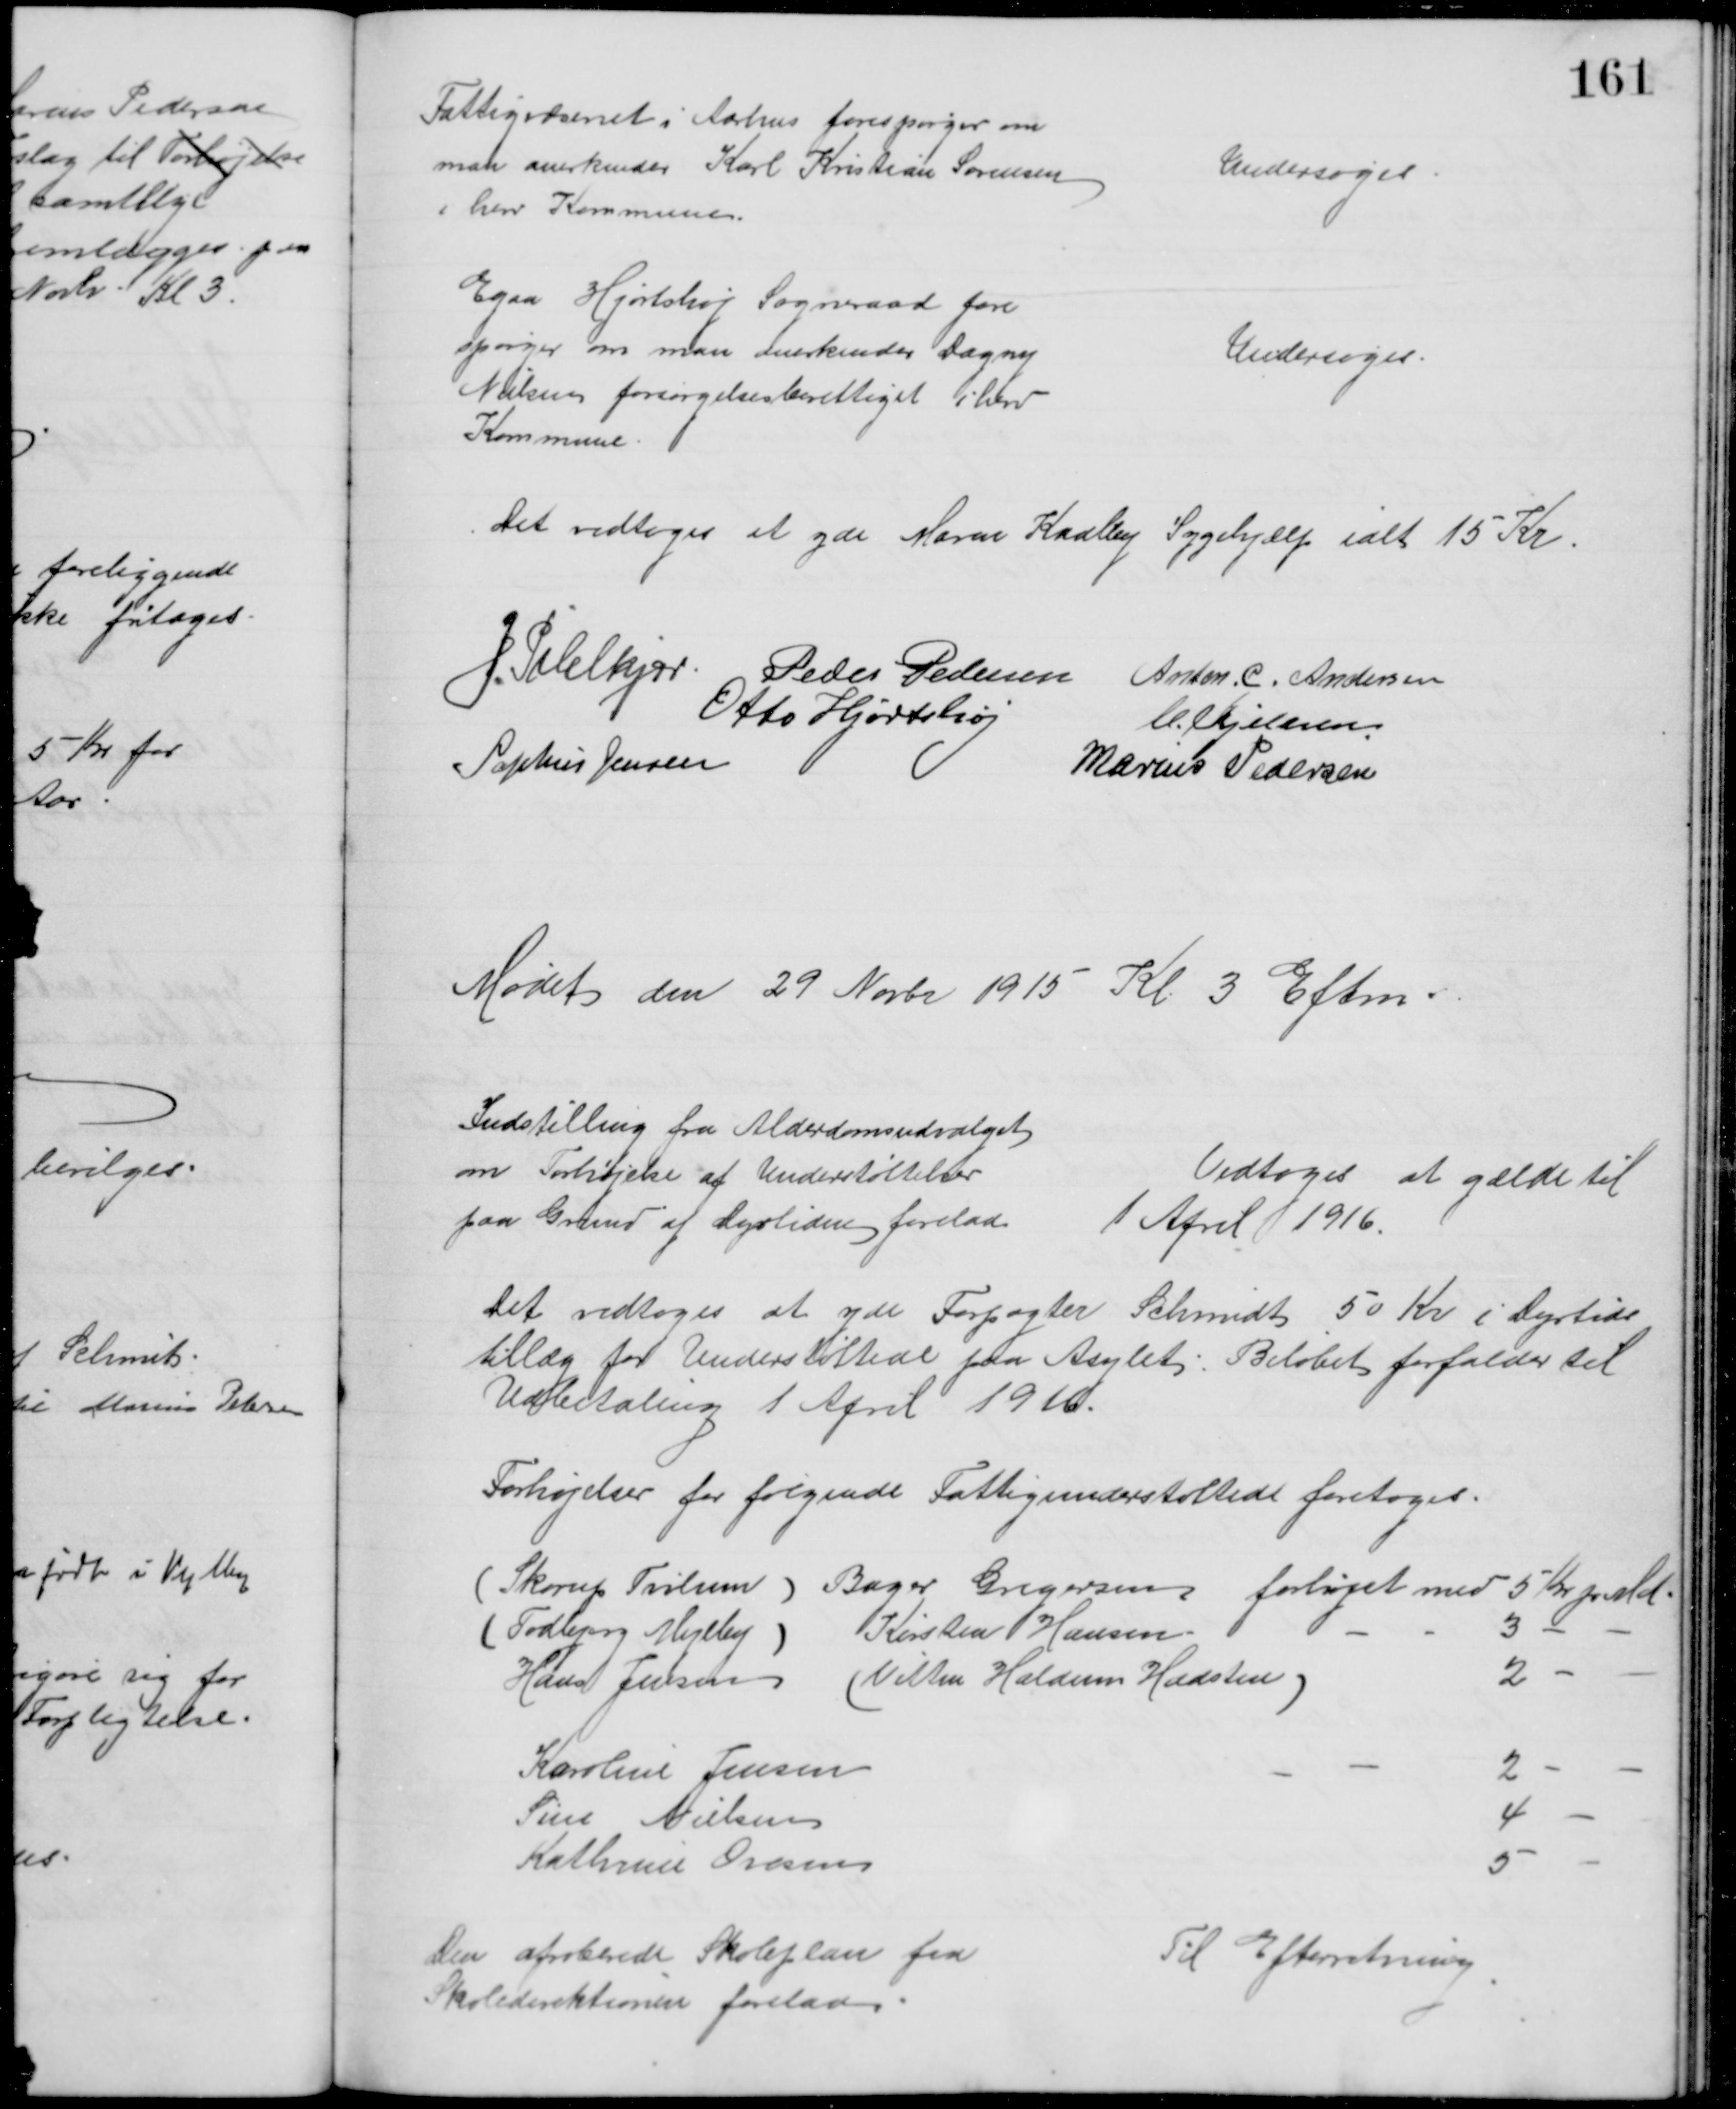
Transskription:
Fattigvæsenet i Aarhus forespørger om
man anerkender Karl Kristian Sørensen
i herv Kommune.
Undersøges
Egaa Hjortshøj Sogneraad fore
spørger om man anerkender Dagny
Nielsen forsørgelsesberettiget i herv
Kommune
Undersøges
Det vedtoges at yde Maren Kaalby Sygehjælp ialt 15 Kr.
J. Pihlkjær. Peder Pedersen Anton. C. Andersen
Otto Hjortshøj
C. Kjeldsen
Sophus Jensen
Marius Pedersen
Mødet den 29 Novbr 1915 Kl 3 Eftm.
Indstilling fra Alderdomsudvalget
om Forhøjelse af Understøttelser
paa Grund af Dyrtiden forelaa 
Vedtoges at gælde til
1 April 1916.
Det vedtoges at yde Forpagter Schmidt 50 Kr i Dyrtids
tillæg for Understøttede paa Asylet. Beløbet forfalder til
Udbetaling 1 April 1916.
Forhøjelser for følgende Fattigunderstøttede foretoges.
(Skorup Tvilum) Bager Gregersen forhøjet med 5 Kr pr Md.
(Todbjerg Mejlby)
Kirsten Hansen
3
Hans Jensen (Vitten Haldum Hadsten)
2 
Karoline Jensen
2 
Sine Nielsen
4
Kathrine Ovesen
5
Den aproberede Skoleplan fra
Skoledirektionen forelaa
Til Efterretning